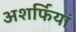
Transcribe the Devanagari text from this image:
अशर्फियां